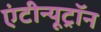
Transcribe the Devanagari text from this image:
एंटीन्यूट्रॉन